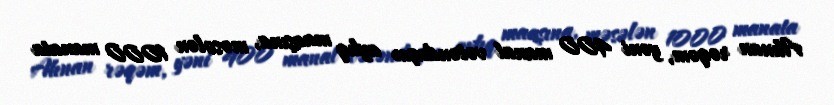
Alınan rəqəm, yəni 400 manat vətəndaşın aylıq maaşına, məsələn 1000 manata